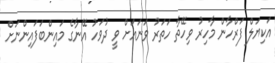
އަކިޔަލް ފަރްހާން މާހިރު ވިހޭތާ ހަތަރު ވަނައަށް ވީ ދުވަހު އޭނާގެ މައިންބަފައިންނަށް